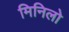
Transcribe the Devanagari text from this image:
मिनिलो